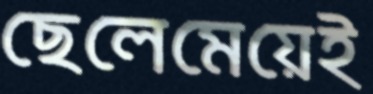
ছেলেমেয়েই